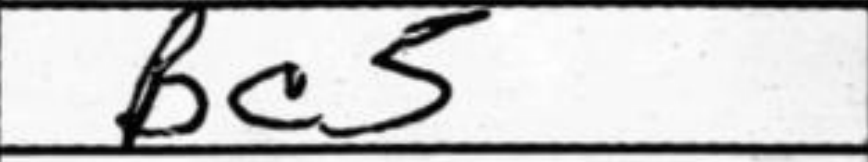
Transcription: Bc5